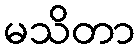
မသိတာ